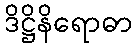
ဒိဋ္ဌိနိရောဓာ